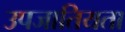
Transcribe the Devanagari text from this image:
उपजातियता